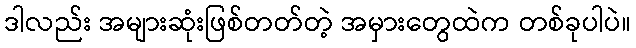
ဒါလည်း အများဆုံးဖြစ်တတ်တဲ့ အမှားတွေထဲက တစ်ခုပါပဲ။